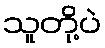
သူတို့ပဲ